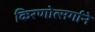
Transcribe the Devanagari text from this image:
किरणोत्‍सर्गाने